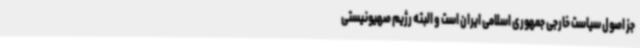
جز اصول سیاست خارجی جمهوری اسلامی ایران است و البته رژیم صهیونیستی